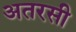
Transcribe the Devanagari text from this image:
अतरसी